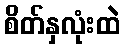
စိတ်နှလုံးထဲ